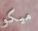
ميكو